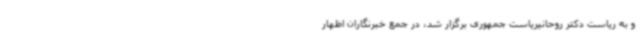
و به ریاست دکتر روحانیریاست جمهوری برگزار شد، در جمع خبرنگاران اظهار